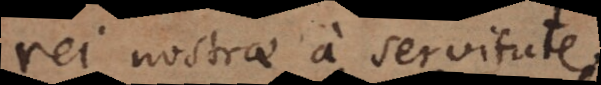
rei nostrae a servitute.